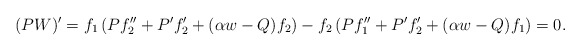
\begin{align*}(PW)'& =f_1 \left(P f_2'' + P' f_2' + (\alpha w - Q)f_2 \right) - f_2\left( P f_1'' + P'f_2' + (\alpha w -Q) f_1\right) = 0.\end{align*}